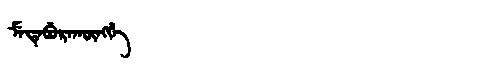
Manchu: ᠮᡝᡩᡝᠪᡠᡵᠠᡴᡡᠩᡤᡝ
Romanization: MEDEBURAKŪNGGE